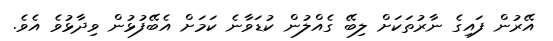
އޭރުން ފައިގެ ނާރުތަކަށް ލިބޭ ގެއްލުން ކުޑަވާނެ ކަމަށް އެބޭފުޅުން ވިދާޅުވެ އެވެ.